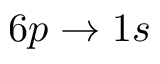
6 p \to 1 s